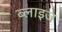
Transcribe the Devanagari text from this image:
ब्लाइज